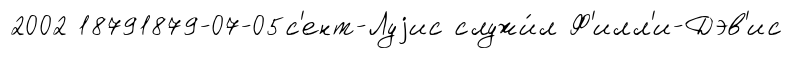
2002 18791879-07-05с'ент-Луjис служи́л Ф'илл'и-Дэв'ис